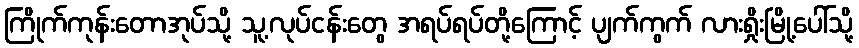
ကြိုက်ကုန်းတောအုပ်သို့ သူ့လုပ်ငန်းတွေ အရပ်ရပ်တို့ကြောင့် ပျက်ကွက် လားရှိုးမြို့ပေါ်သို့